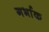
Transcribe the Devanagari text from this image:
गर्भाक